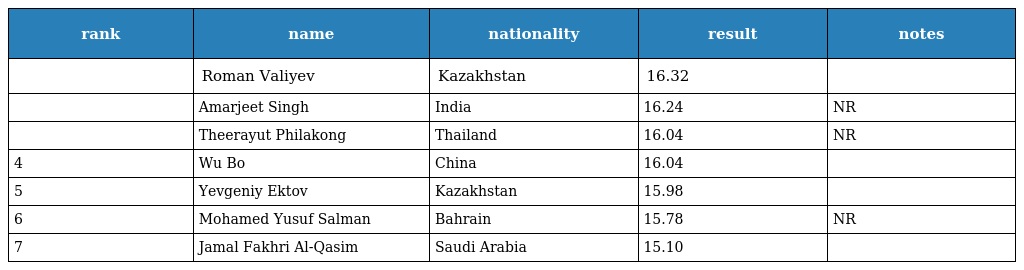
| rank | name | nationality | result | notes |
 | --- | --- | --- | --- | --- |
 |  | Roman Valiyev | Kazakhstan | 16.32 |  |
 |  | Amarjeet Singh | India | 16.24 | NR |
 |  | Theerayut Philakong | Thailand | 16.04 | NR |
 | 4 | Wu Bo | China | 16.04 |  |
 | 5 | Yevgeniy Ektov | Kazakhstan | 15.98 |  |
 | 6 | Mohamed Yusuf Salman | Bahrain | 15.78 | NR |
 | 7 | Jamal Fakhri Al-Qasim | Saudi Arabia | 15.10 |  |